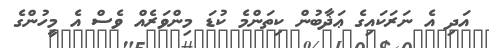
އަދި އެ ނަރަކައިގެ ޢަޛާބުން ކިތަންމެ ކުޑަ މިންވަރެއް ވެސް އެ މީހުންގެ